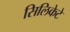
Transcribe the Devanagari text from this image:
सिलिकेटे